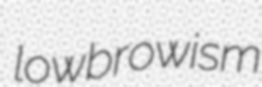
lowbrowism